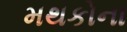
મથકોના